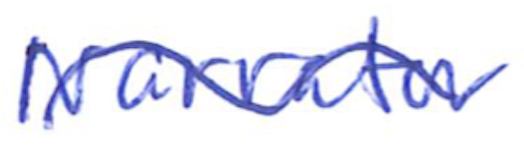
Text: Narrator
Cross-out: wave
Writing tool: ballpoint